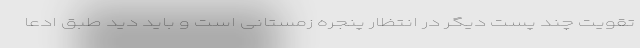
تقویت چند پست دیگر در انتظار پنجره زمستانی است و باید دید طبق ادعا